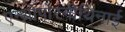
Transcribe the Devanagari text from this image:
एन्थ्रोपोरनीथिनाई